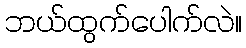
ဘယ်ထွက်ပေါက်လဲ။